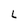
Character: L